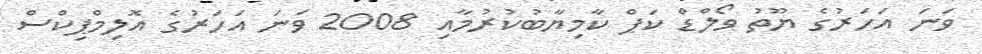
ވަނަ އަހަރުގެ ޔޫތު ވޯލްޑް ކަޕް ކާމިޔާބުކުރުމާއި 2008 ވަނަ އަހަރުގެ އޮލިމްޕިކްސް